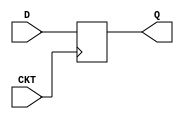
module dflipflop (input D, input CKT, output reg Q);
    always @(posedge CKT) begin
        Q <= D;
    end
endmodule

module block (input D1, input D2, input D3, input CKT1, input CKT2, input CKT3, output Q1, output Q2, output Q3, output Free);
    wire Q1_wire, Q2_wire, Q3_wire;
    
    dflipflop s1 (.D(D1), .CKT(CKT1), .Q(Q1_wire));
    dflipflop s2 (.D(D2), .CKT(CKT2), .Q(Q2_wire));
    dflipflop s3 (.D(D3), .CKT(CKT3), .Q(Q3_wire));
    
    assign Q1 = Q1_wire;
    assign Q2 = Q2_wire;
    assign Q3 = Q3_wire;

    nand m1(Free, Q1,Q2,Q3);
endmodule


module block_tb;

reg D1,D2,D3,CKT1=0,CKT2=0,CKT3=0;
wire Q1,Q2,Q3,free;
block d(D1,D2,D3,CKT1,CKT2,CKT3,Q1,Q2,Q3,free);

always begin
    CKT1=~CKT1;
    #10;
end

always begin
    CKT2=~CKT2;
    #20;
end

always begin
    CKT3=~CKT3;
    #30;
end

initial begin
    $dumpfile("block.vcd");
    $dumpvars(0,block_tb);
end
initial begin
    $display("|Q1 |Q2 |Q3 |Free?|");
    $monitor("| %b | %b | %b |  %b  |",Q1,Q2,Q3,free);
    D1=1'b0;D2=1'b0;D3=1'b0;
    
    #20 D1=1'b1;
    #40 D2=1'b1;
    #60 D3=1'b1;
    #80 D1=1'b0;
    #100 D1=1'b1;
    #120 D1=1'b0;
    #140 D3=1'b0;
    #160 D2=1'b0;
end

initial #5000 $finish;
    
endmodule